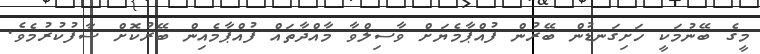
މީގެ ބޭނުމަކީ ހަށިގަނޑުން ބޭރުން ފުއްޕާމެޔަށް ވާސިލްވާ މާއްދާތައް ފުއްޕާމެއިން ބޭރުކޮށް ސާފުކުރުމެވެ.